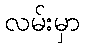
လမ်းမှာ